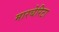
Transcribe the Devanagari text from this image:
मारघेरिटा